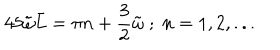
4 5 \tilde { \omega } \bar { L } = \pi n + \frac { 3 } { 2 } \tilde { \omega } \; ; \; n = 1 , 2 , . . .